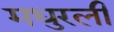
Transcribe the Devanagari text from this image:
मधुरली